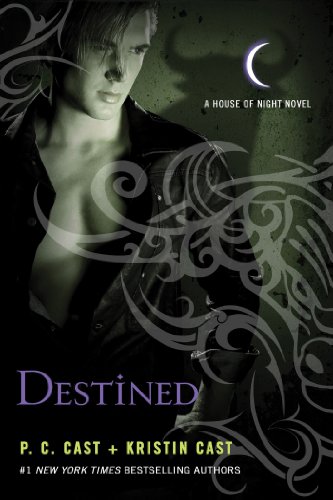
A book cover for Destined (House of Night Novels); P. C. Cast; Teen & Young Adult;